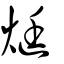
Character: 烶